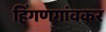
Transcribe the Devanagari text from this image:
हिंगणगांवकर